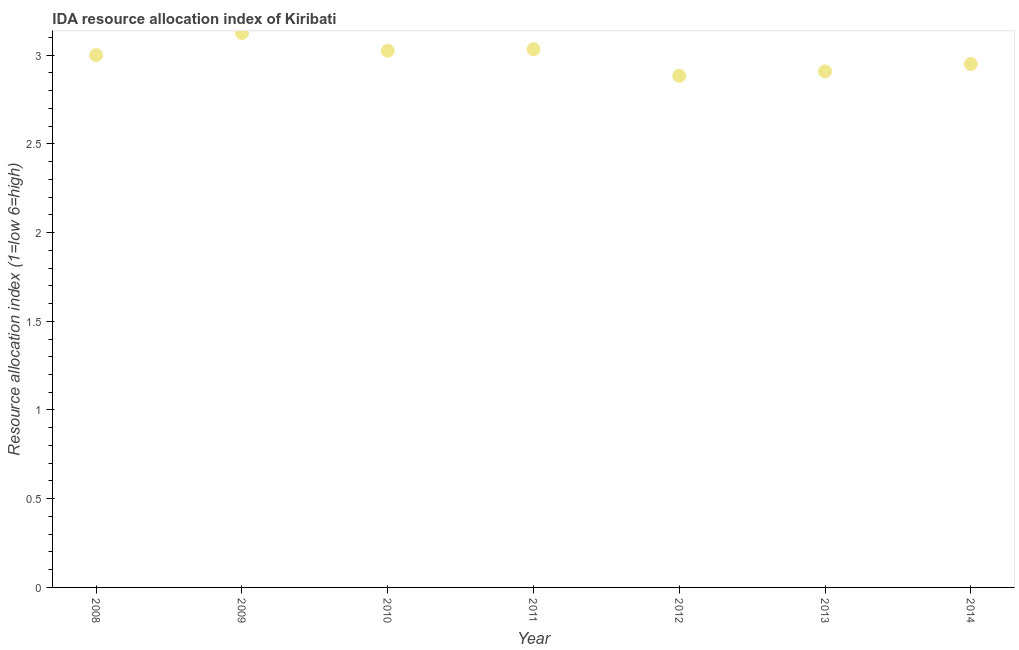
| Year | IDA resource allocation index |
 | --- | --- |
 | 2008 | 3 |
 | 2009 | 3.12 |
 | 2010 | 3.02 |
 | 2011 | 3.03 |
 | 2012 | 2.88 |
 | 2013 | 2.91 |
 | 2014 | 2.95 |